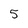
Character: 5